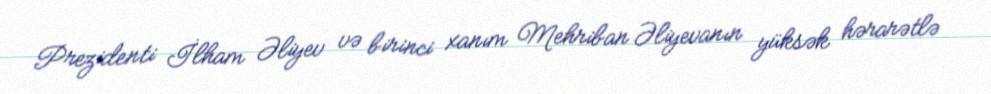
Prezidenti İlham Əliyev və birinci xanım Mehriban Əliyevanın yüksək hərarətlə